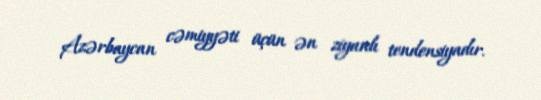
Azərbaycan cəmiyyəti üçün ən ziyanlı tendensiyadır.